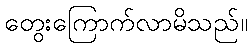
တွေးကြောက်လာမိသည်။